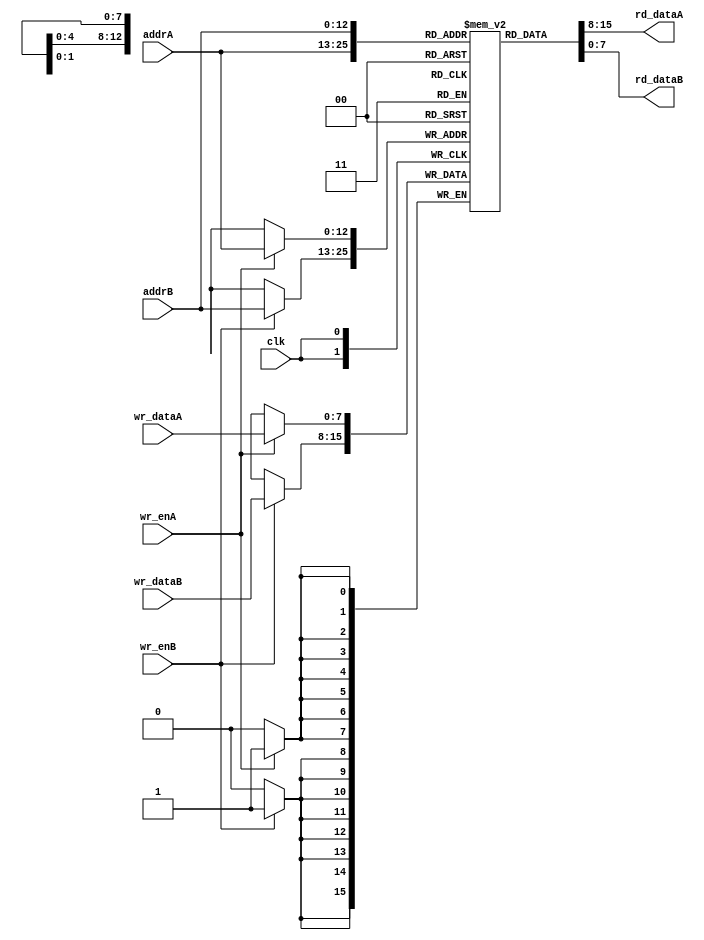
`timescale 1ns / 1ps
`default_nettype none
//////////////////////////////////////////////////////////////////////////////////
// Company: 
// Engineer: 
// 
// Design Name: 
// Module Name:    video_ram 
// Project Name: 
// Target Devices: 
// Tool versions: 
// Description: 
//
// Dependencies: 
//
// Revision: 
// Revision 0.01 - File Created
// Additional Comments: 
//
//////////////////////////////////////////////////////////////////////////////////
module video_ram(//Outputs
					rd_dataA, rd_dataB,
					//Inputs
					clk,
					wr_enA, wr_enB,
					addrA, addrB,					
					wr_dataA, wr_dataB
					);
	//Outputs
	output [7:0] rd_dataA, rd_dataB;
	//Inputs
	input clk;
	input wr_enA, wr_enB;
	input [12:0] addrA, addrB;
	input [7:0] wr_dataA, wr_dataB;
	
	reg [7:0] RAM [0:8191];
	
	always @(posedge clk) begin
		if (wr_enA) RAM[addrA] <= wr_dataA;
		if (wr_enB) RAM[addrB] <= wr_dataB;
	end
	
	assign rd_dataA = RAM[addrA];
	assign rd_dataB = RAM[addrB];

endmodule